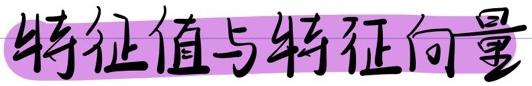
特征值与特征向量